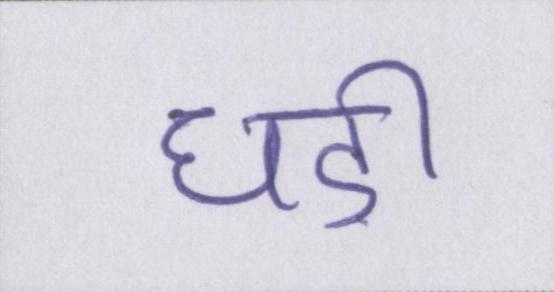
घड़ी